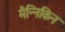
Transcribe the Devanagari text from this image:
मैन्निकिन